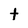
Character: t